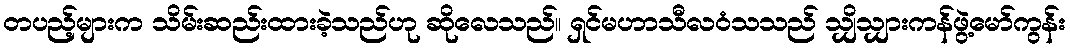
တပည့်များက သိမ်းဆည်းထားခဲ့သည်ဟု ဆိုလေသည်။ ရှင်မဟာသီလဝံသသည် သျှိသျှားကန်ဖွဲ့မော်ကွန်း